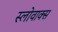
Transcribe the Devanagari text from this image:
स्लोवाक्स